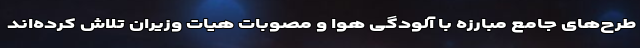
طرح‌های جامع مبارزه با آلودگی هوا و مصوبات هیات وزیران تلاش کرده‌اند